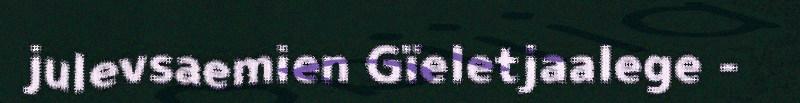
julevsaemien Gïeletjaalege -